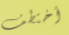
أختطف